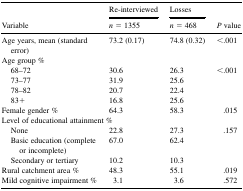
| <ROWSPAN=2> Variable | Re-interviewed | Losses | <ROWSPAN=2> P value |
 | n = 1355 | n = 468 |
 | --- | --- | --- | --- |
 | Age years, mean (standard error) | 73.2 (0.17) | 74.8 (0.32) | <.001 |
 | <COLSPAN=4> Age group % |
 | 68–72 | 30.6 | 26.3 | <ROWSPAN=4> <.001 |
 | 73–77 | 31.9 | 25.6 |
 | 78–82 | 20.7 | 22.4 |
 | 83+ | 16.8 | 25.6 |
 | Female gender % | 64.3 | 58.3 | .015 |
 | <COLSPAN=4> Level of educational attainment % |
 | None | 22.8 | 27.3 | <ROWSPAN=3> .157 |
 | Basic education (complete or incomplete) | 67.0 | 62.4 |
 | Secondary or tertiary | 10.2 | 10.3 |
 | Rural catchment area % | 48.3 | 55.1 | .019 |
 | Mild cognitive impairment % | 3.1 | 3.6 | .572 |